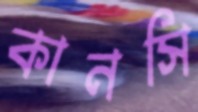
কানসি